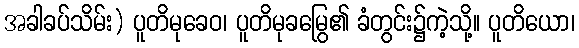
အခါခပ်သိမ်း) ပူတိမုခေဝ၊ ပူတိမုခမြွေ၏ ခံတွင်း၌ကဲ့သို့။ ပူတိယော၊